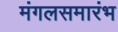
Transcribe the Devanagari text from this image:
मंगलसमारंभ